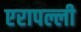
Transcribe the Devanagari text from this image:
एरापल्ली